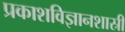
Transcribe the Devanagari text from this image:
प्रकाशविज्ञानशास्री